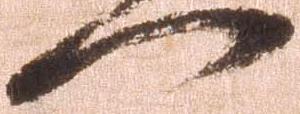
門